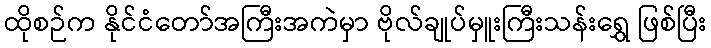
ထိုစဉ်က နိုင်ငံတော်အကြီးအကဲမှာ ဗိုလ်ချုပ်မှူးကြီးသန်းရွှေ ဖြစ်ပြီး